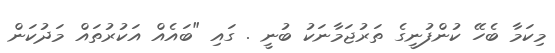
މިކަމާ ބެހޭ ކުންފުނީގެ ތަރުޖަމާނަކު ބުނީ . ގައި "ބައެއް އަކުރުތައް މަދުކަން